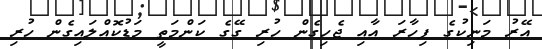
އޭރު މަނިކުގެ ފިހާރަ އާއި ޖެހިގެން ހުރި ގޭގެ ކަންމަތީ މަޑުކޮއްލައިގެން ހުރި